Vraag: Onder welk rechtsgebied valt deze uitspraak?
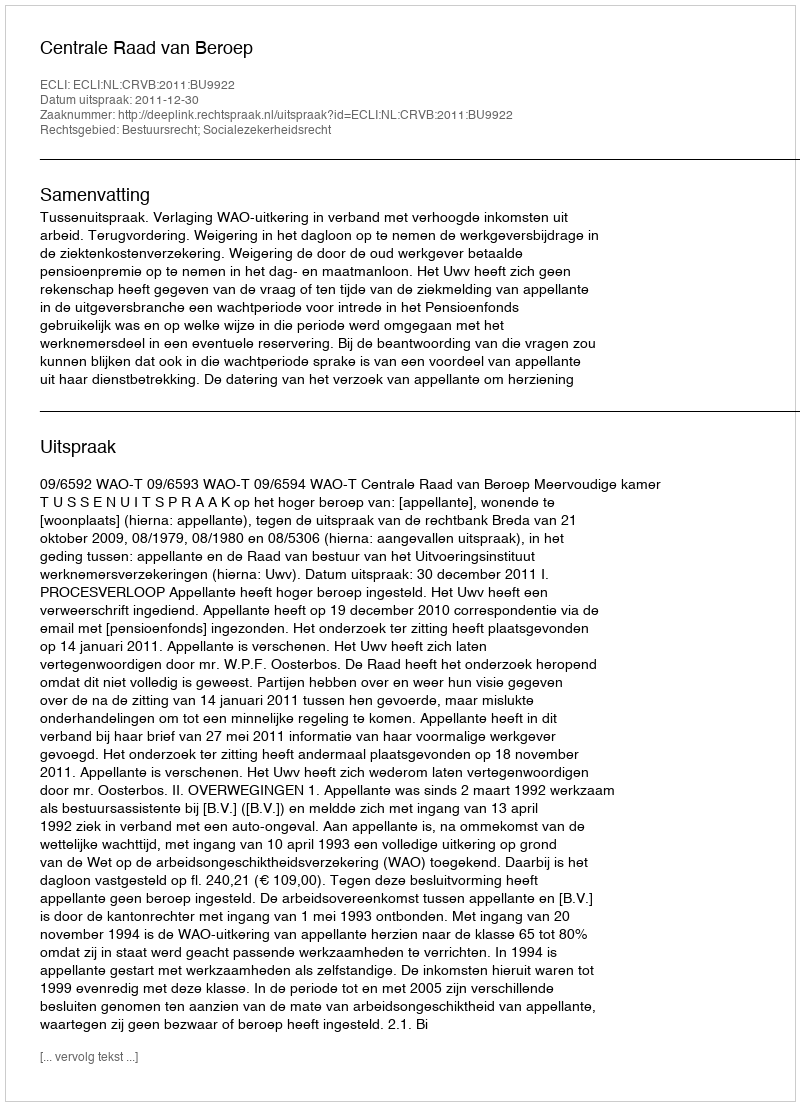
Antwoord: Bestuursrecht; Socialezekerheidsrecht